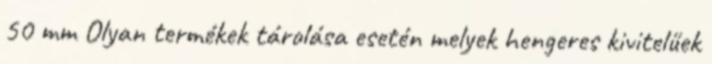
50 mm Olyan termékek tárolása esetén melyek hengeres kivitelűek